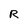
Character: R